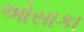
ઓસાકા